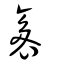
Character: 袲